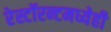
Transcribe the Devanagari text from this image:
रेस्टॉरन्टमध्येही